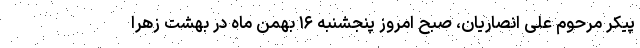
پیکر مرحوم علی انصاریان، صبح امروز پنجشنبه ۱۶ بهمن ماه در بهشت زهرا